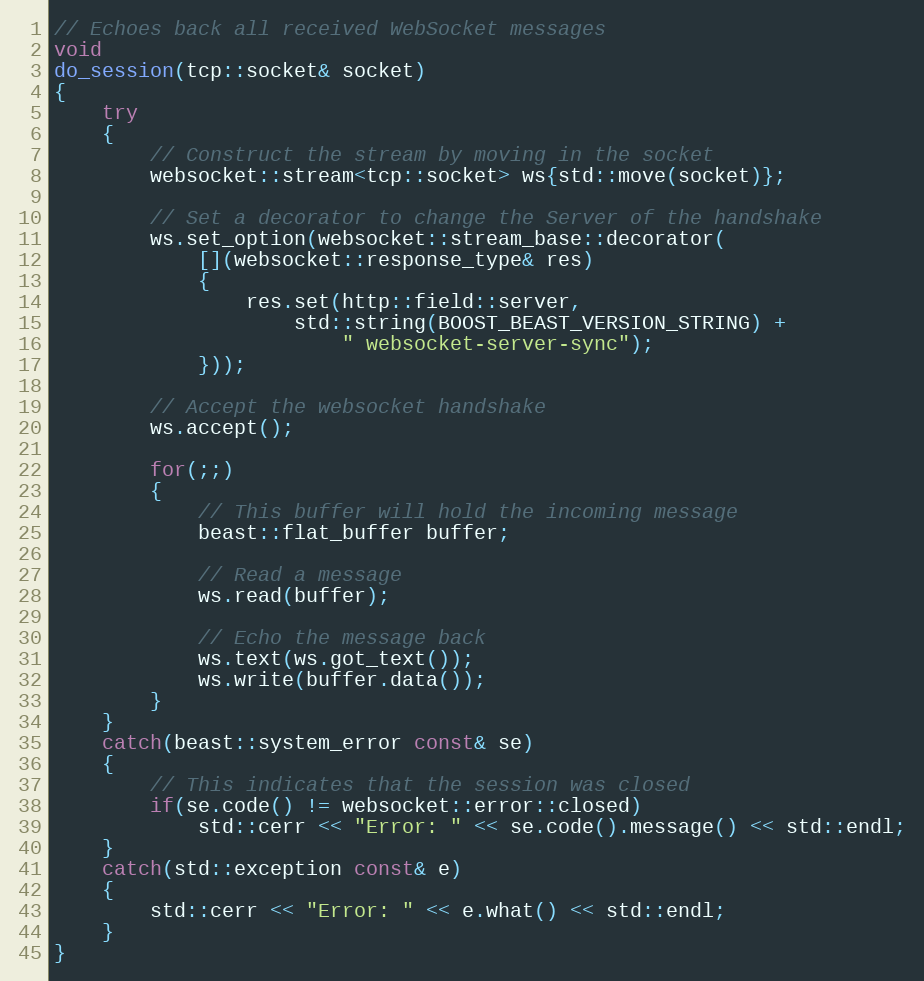
Language: C++
// Echoes back all received WebSocket messages
void
do_session(tcp::socket& socket)
{
    try
    {
        // Construct the stream by moving in the socket
        websocket::stream<tcp::socket> ws{std::move(socket)};

        // Set a decorator to change the Server of the handshake
        ws.set_option(websocket::stream_base::decorator(
            [](websocket::response_type& res)
            {
                res.set(http::field::server,
                    std::string(BOOST_BEAST_VERSION_STRING) +
                        " websocket-server-sync");
            }));

        // Accept the websocket handshake
        ws.accept();

        for(;;)
        {
            // This buffer will hold the incoming message
            beast::flat_buffer buffer;

            // Read a message
            ws.read(buffer);

            // Echo the message back
            ws.text(ws.got_text());
            ws.write(buffer.data());
        }
    }
    catch(beast::system_error const& se)
    {
        // This indicates that the session was closed
        if(se.code() != websocket::error::closed)
            std::cerr << "Error: " << se.code().message() << std::endl;
    }
    catch(std::exception const& e)
    {
        std::cerr << "Error: " << e.what() << std::endl;
    }
}